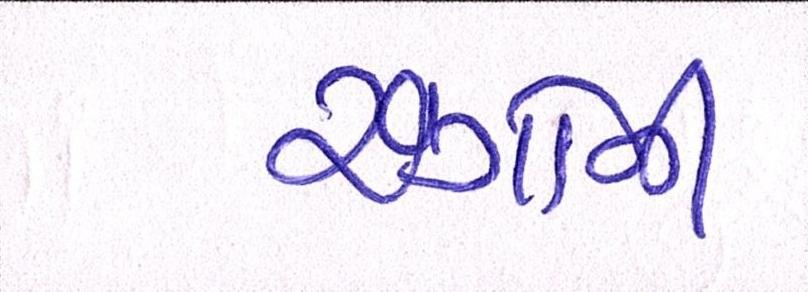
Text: રંગોની